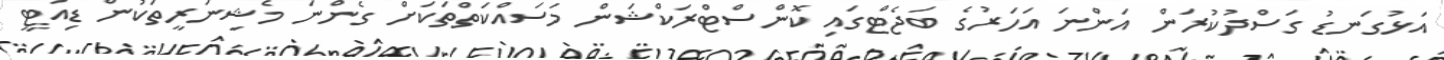
އަޅުގަނޑު ގަސްދުކުރަން އަންނަ އަހަރުގެ ބަޖެޓްގައި ކޮންސްޓްރަކްޝަން މަސައްކަތްތަކަށް ގެންނަ މެޝިނަރީތަކުން ޑިއުޓީ